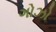
ગોઝો